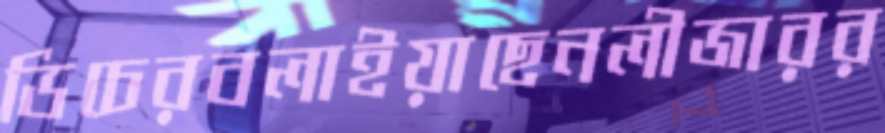
ডিচেরবলাইয়াছেনলীজারর